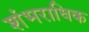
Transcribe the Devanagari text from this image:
शंभराधिक